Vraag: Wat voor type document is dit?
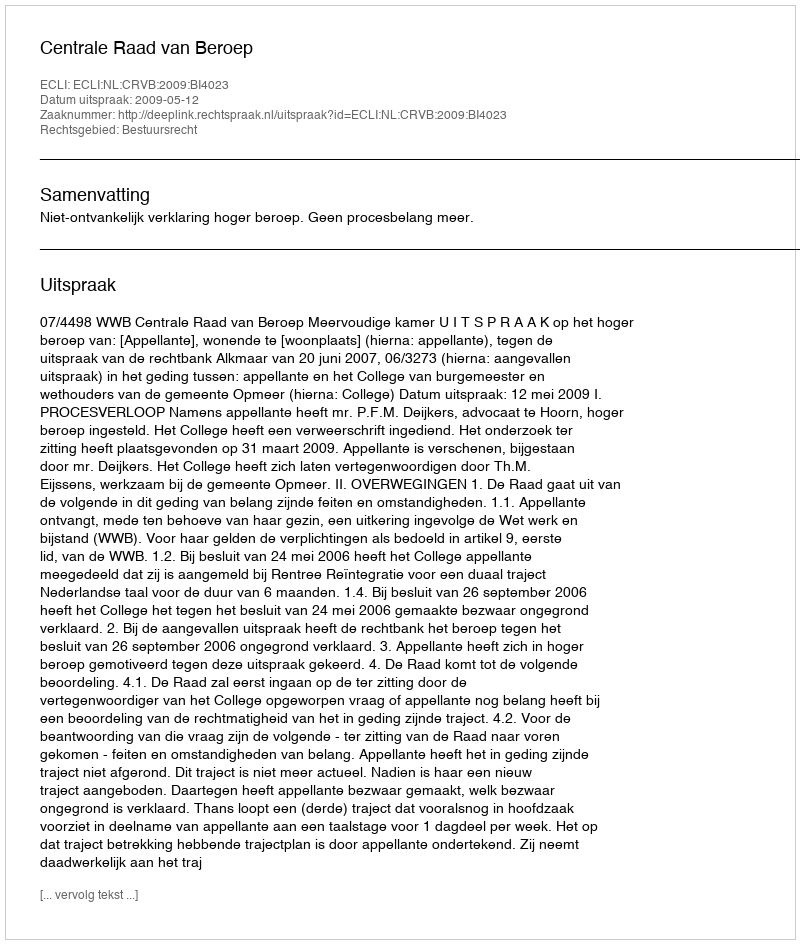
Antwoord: Uitspraak